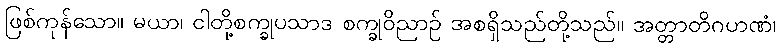
ဖြစ်ကုန်သော။ မယာ၊ ငါတို့စက္ခုပသာဒ စက္ခုဝိညာဉ် အစရှိသည်တို့သည်။ အတ္တာတိဂဟဏံ၊